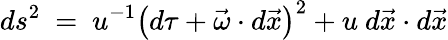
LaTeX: ds^{2}~=~u^{-1}\left(d\tau+\vec{\omega}\cdot d\vec{x}\right)^{2}+u~d\vec{x}\cdot d\vec{x}